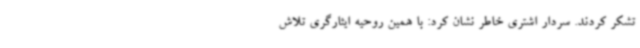
تشکر کردند. سردار اشتری خاطر نشان کرد: با همین روحیه ایثارگری تلاش